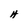
Character: H